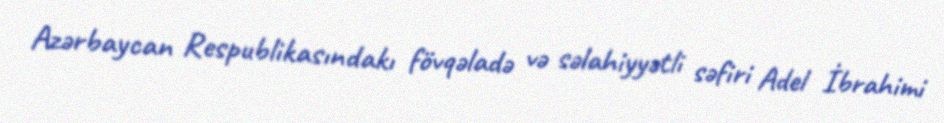
Azərbaycan Respublikasındakı fövqəladə və səlahiyyətli səfiri Adel İbrahimi